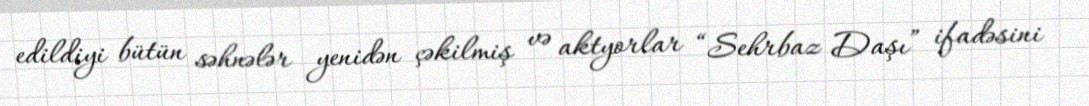
edildiyi bütün səhnələr yenidən çəkilmiş və aktyorlar “Sehrbaz Daşı” ifadəsini